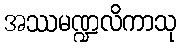
အဿမဏ္ဍလိကာသု